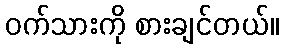
ဝက်သားကို စားချင်တယ်။